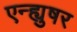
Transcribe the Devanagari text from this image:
एन्ह्युषर